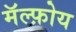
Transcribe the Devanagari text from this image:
मॅल्फ़ोय